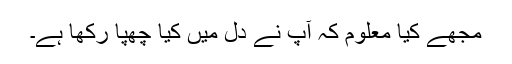
مجھے کیا معلوم کہ آپ نے دل میں کیا چھپا رکھا ہے۔